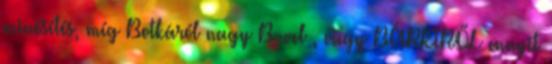
minősítés, míg Botkáról nagy B-vel , vagy BÁRKIRŐL ennyit